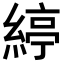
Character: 𦂃